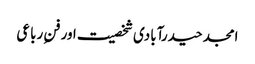
امجد حیدرآبادی شخصیت اور فنِ رباعی